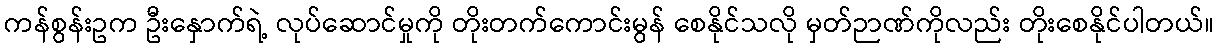
ကန်စွန်းဥက ဦးနှောက်ရဲ့ လုပ်ဆောင်မှုကို တိုးတက်ကောင်းမွန် စေနိုင်သလို မှတ်ဉာဏ်ကိုလည်း တိုးစေနိုင်ပါတယ်။